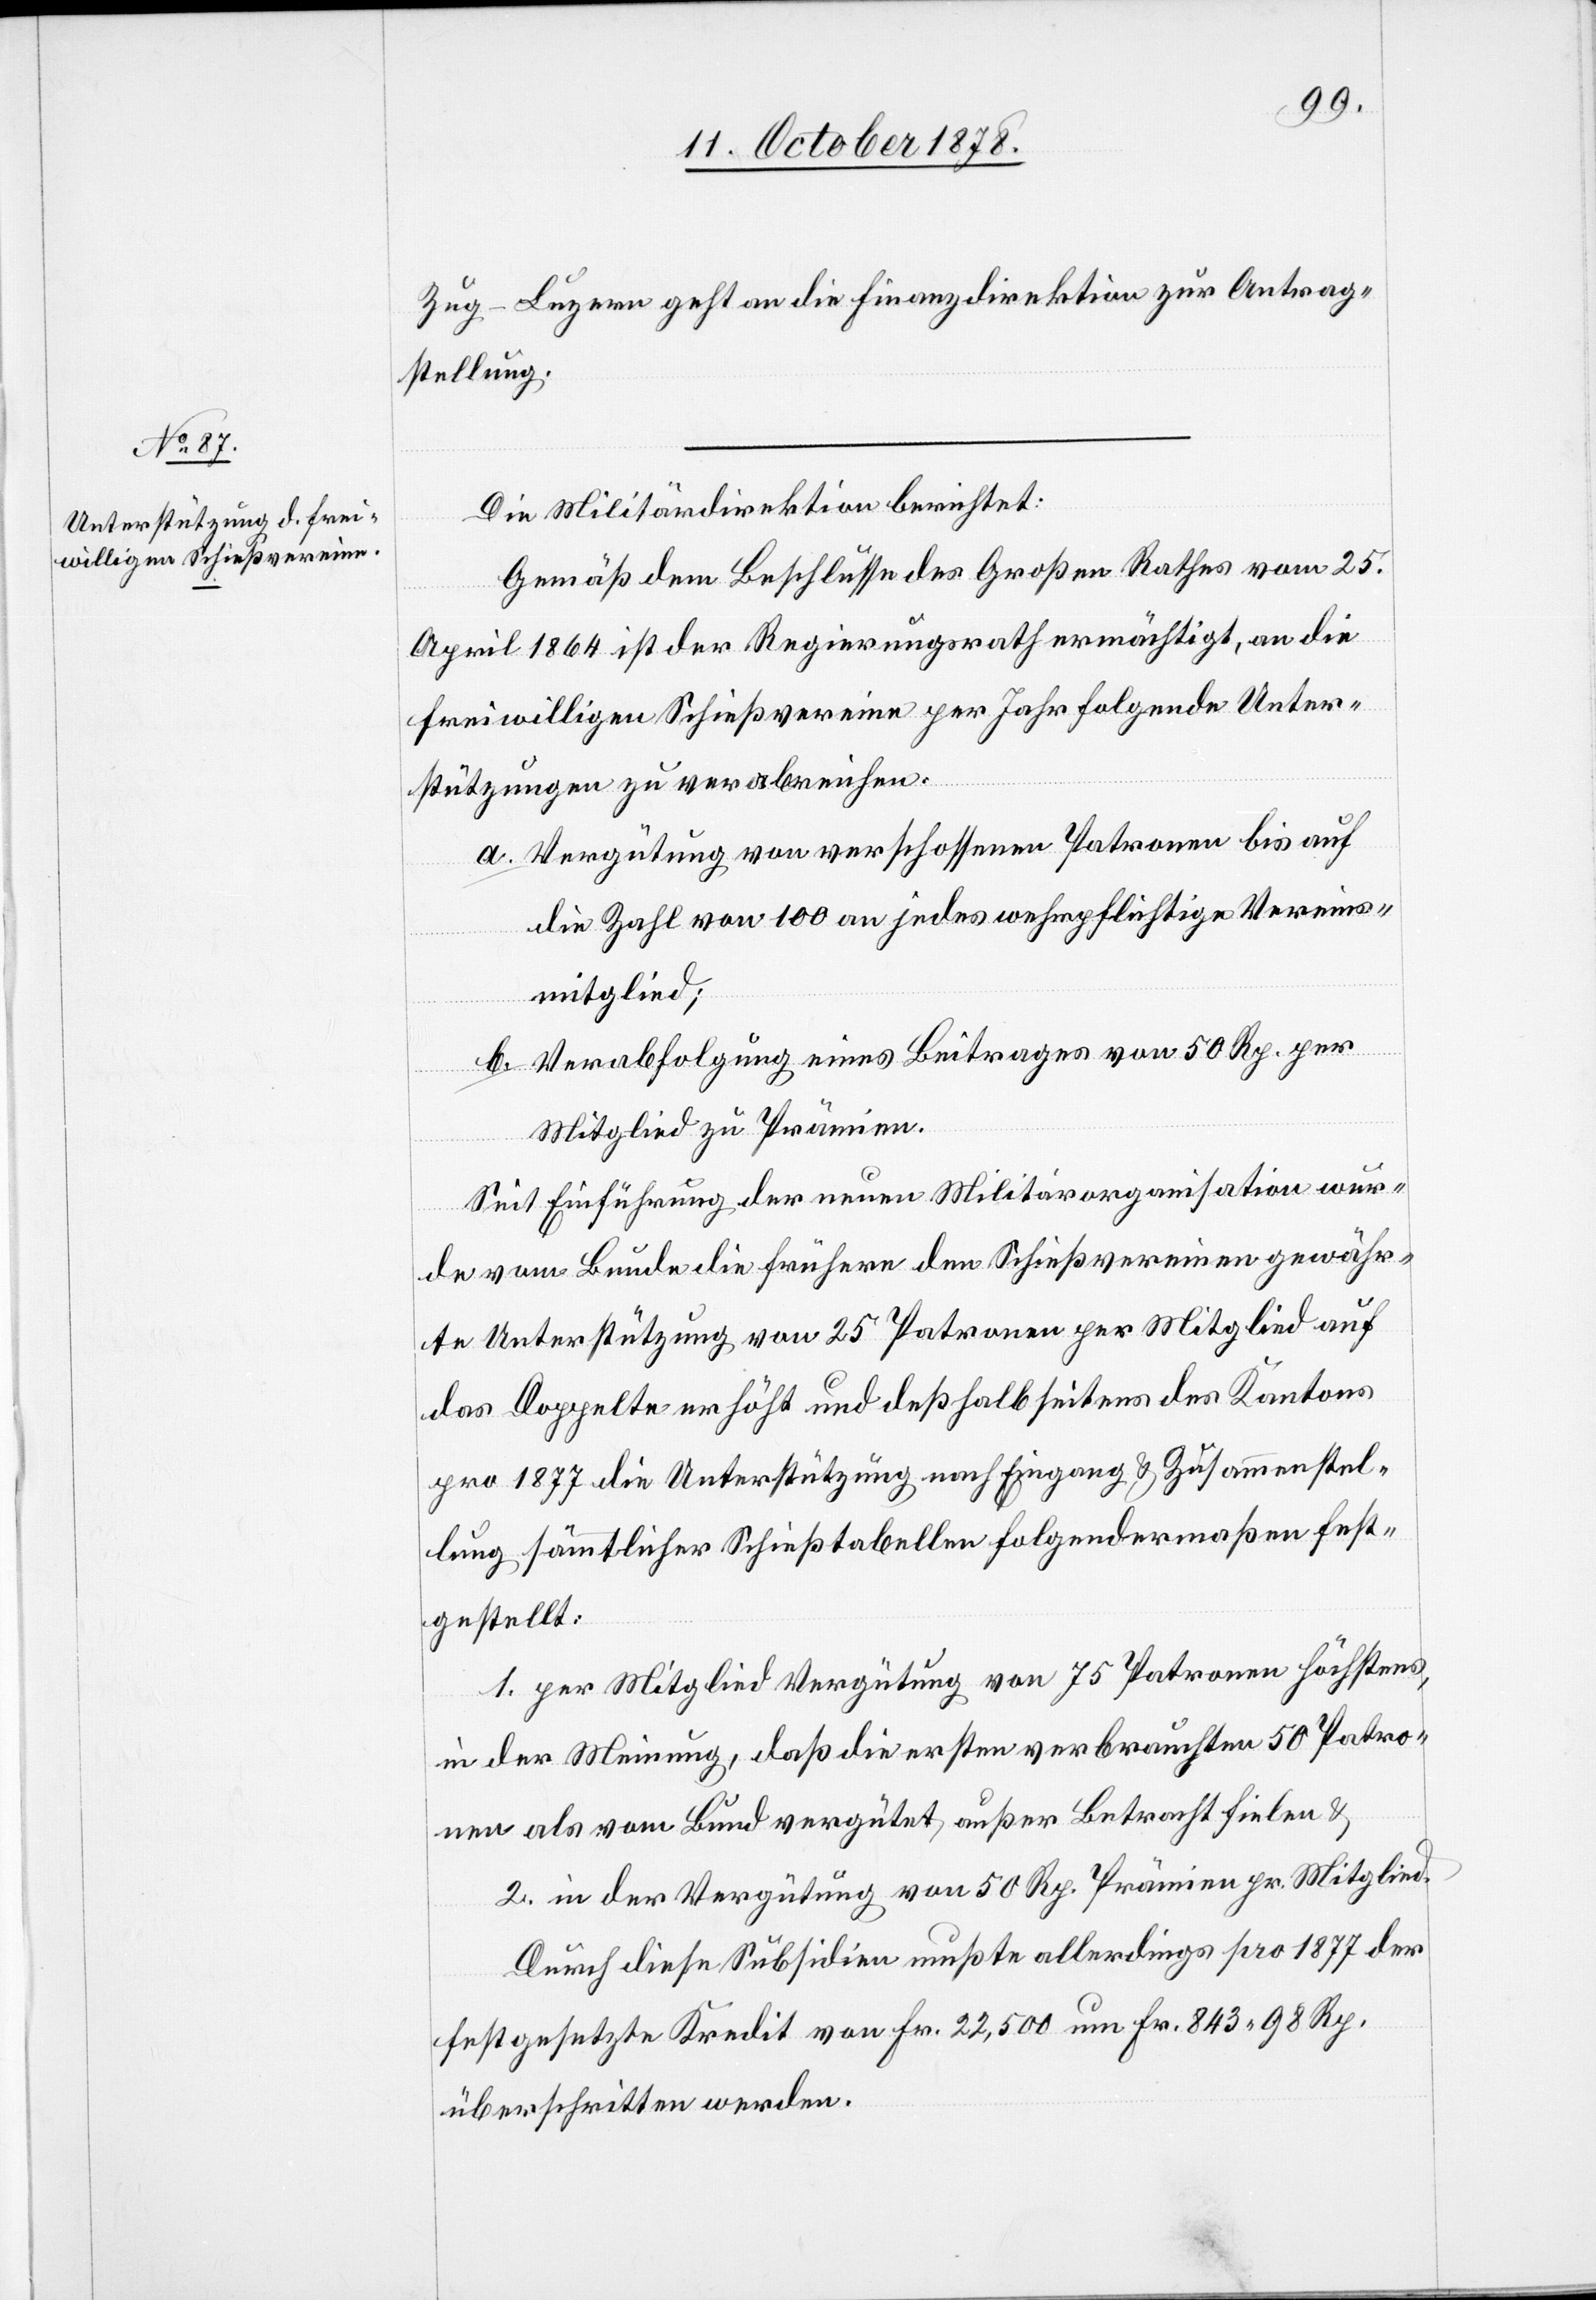
Zug–Luzern geht an die Finanzdirektion zur Antrag¬
stellung.
Die Militärdirektion berichtet:
Gemäß dem Beschlusse des Großen Rathes vom 25.
April 1864 ist der Regierungsrath ermächtigt, an die
freiwilligen Schießvereine per Jahr folgende Unter¬
stützungen zu verabreichen:
Vergütung von verschossenen Patronen bis auf
die Zahl von 100 an jedes wehrpflichtige Vereins¬
mitglied;
Verabfolgung eines Beitrages von 50 Rp. per
Mitglied zu Prämien.
Seit Einführung der neuen Militärorganisation wur¬
de vom Bunde die frühere dem Schießvereine gewähr¬
te Unterstützung von 25 Patronen per Mitglied auf
das Doppelte erhöht und deßhalb seitens des Kantons
pro 1877 die Unterstützung nach Eingag & Zusammenstel¬
lung sämmtlicher Schießtabellen folgendermaßen fest¬
gestellt:
1. per Mitglied Vergütung von 75 Patronen höchstens,
in der Meinung, daß die ersten verbrauchten 50 Patro¬
nen als vom Bund vergütet, außer Betracht fielen &
2. in der Vergütung von 50 Rp. Prämien pr. Mitglied.
Durch diese Subsidien mußte allerdings pro 1877 der
festgesetze Kredit von Fr. 22,500 um Fr. 843 98 Rp.
überschritten werden.